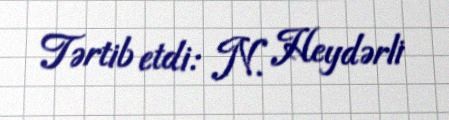
Tərtib etdi: N. Heydərli